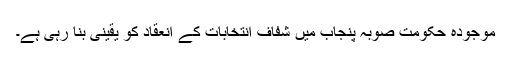
موجودہ حکومت صوبہ پنجاب میں شفاف انتخابات کے انعقاد کو یقینی بنا رہی ہے۔